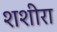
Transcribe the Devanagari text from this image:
शशीरा